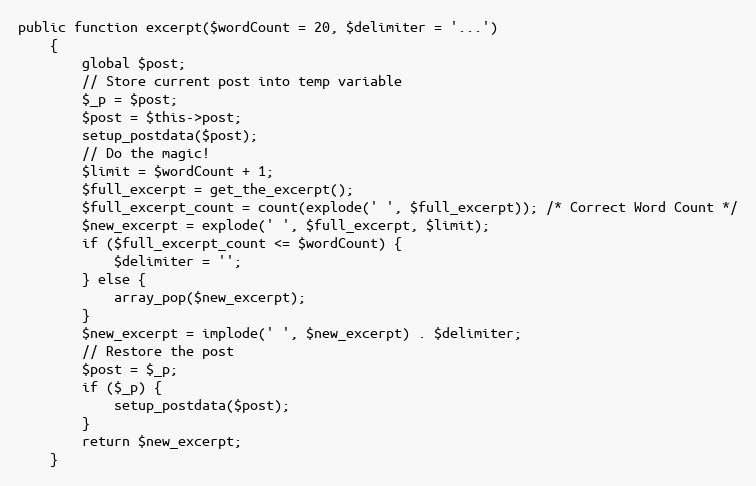
Language: PHP
public function excerpt($wordCount = 20, $delimiter = '...')
    {
        global $post;
        // Store current post into temp variable
        $_p = $post;
        $post = $this->post;
        setup_postdata($post);
        // Do the magic!
        $limit = $wordCount + 1;
        $full_excerpt = get_the_excerpt();
        $full_excerpt_count = count(explode(' ', $full_excerpt)); /* Correct Word Count */
        $new_excerpt = explode(' ', $full_excerpt, $limit);
        if ($full_excerpt_count <= $wordCount) {
            $delimiter = '';
        } else {
            array_pop($new_excerpt);
        }
        $new_excerpt = implode(' ', $new_excerpt) . $delimiter;
        // Restore the post
        $post = $_p;
        if ($_p) {
            setup_postdata($post);
        }
        return $new_excerpt;
    }